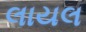
લાયલ